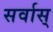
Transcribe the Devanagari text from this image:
सर्वास्‌